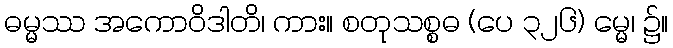
ဓမ္မဿ အကောဝိဒါတိ၊ ကား။ စတုသစ္စဓ (ပေ ၃၂၆) မ္မေ၊ ၌။